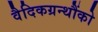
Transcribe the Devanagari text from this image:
वैदिकग्रन्थौंको